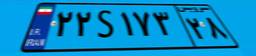
۲۲S۱۷۳۲۸